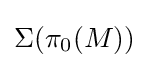
\Sigma (\pi _{0}(M))